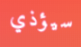
سيؤذي